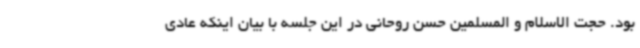
بود. حجت الاسلام و المسلمین حسن روحانی در این جلسه با بیان اینکه عادی